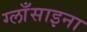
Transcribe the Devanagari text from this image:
ग्लाँसाइना